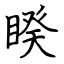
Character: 睽